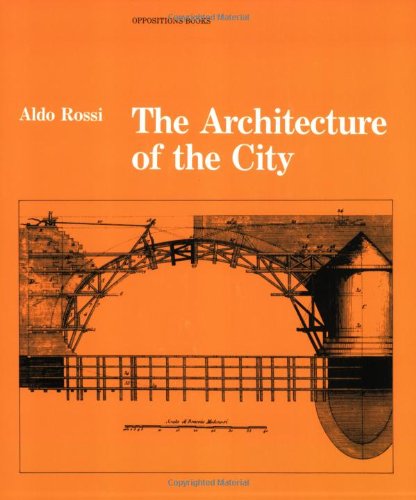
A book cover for The Architecture of the City (Oppositions Books); Aldo Rossi; Arts & Photography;